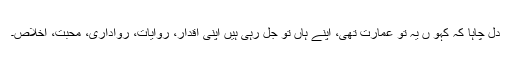
دل چاہا کہ کہو ں یہ تو عمارت تھی، اپنے ہاں تو جل رہی ہیں اپنی اقدار، روایات، رواداری، محبت، اخلاص۔